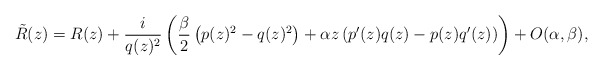
\begin{align*}{\tilde R}(z) = R(z) + \frac{i}{q(z)^2} \left(\frac{\beta}{2} \left(p(z)^2 - q(z)^2 \right) + \alpha z \left(p^\prime(z) q(z) - p(z) q^\prime(z)\right)\right) + O(\alpha, \beta),\end{align*}